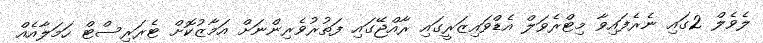
ލެވެލް 2ގައި ނެރެފައިވާ މިޓްރެވަލް އެޑްވައިޒަރީގައި ރާއްޖޭގައި ފަތުރުވެރިންނަށް އަމާޒުކޮށް ޓެރަރިސްޓް ހަމަލާއެއް